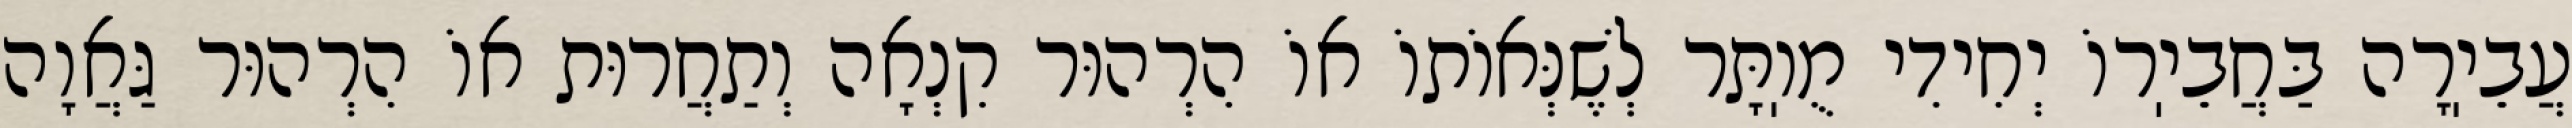
עֲבֵיֽרָה בַּחֲבֵיֽרוֹ יְחִידִי מֻוֽתָּר לְשֶׁנְּאוֹתוֹ אוֹ הִרְהוּר קִנְאָה וְתַחֲרוּת אוֹ הִרְהוּר גַּאֲוָה